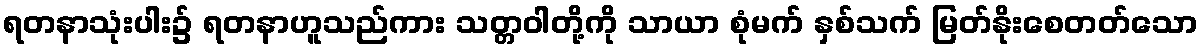
ရတနာသုံးပါး၌ ရတနာဟူသည်ကား သတ္တဝါတို့ကို သာယာ စုံမက် နှစ်သက် မြတ်နိုးစေတတ်သော